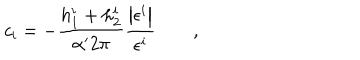
{ \it c } _ { i } = - \frac { h _ { 1 } ^ { i } + h _ { 2 } ^ { i } } { \alpha ^ { \prime } 2 \pi } \frac { \left| \epsilon ^ { i } \right| } { \epsilon ^ { i } } \qquad ,